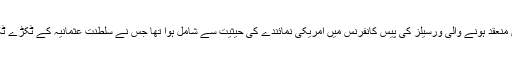
وہ 1919 میں منعقد ہونے والی ورسیلز کی پیس کانفرنس میں امریکی نمائندے کی حیثیت سے شامل ہوا تھا جس نے سلطنت عثمانیہ کے ٹکڑے ٹکڑے کر ڈالے۔